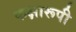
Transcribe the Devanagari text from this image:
कक्षारूपी